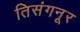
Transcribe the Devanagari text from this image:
तिसंगनूर